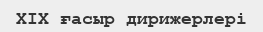
XIX ғасыр дирижерлері